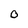
Character: 0